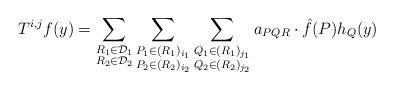
LaTeX: \begin{align*} T^{i,j}f(y) &= \sum_{\substack{ R_1 \in \mathcal{D}_1 \\ R_2 \in \mathcal{D}_2 }}\sum_{\substack{ P_1 \in (R_1)_{i_1} \\ P_2 \in (R_2)_{i_2} }} \sum_{\substack{ Q_1 \in (R_1)_{j_1} \\ Q_2 \in (R_2)_{j_2} }} a_{PQR} \cdot \hat{f}(P) h_{Q}(y) \end{align*}